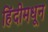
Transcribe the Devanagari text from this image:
हिंदीमधून